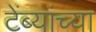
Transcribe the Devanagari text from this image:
टेंब्यांच्या